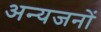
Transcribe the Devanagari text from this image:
अन्यजनों